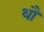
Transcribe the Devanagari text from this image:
थौ